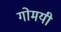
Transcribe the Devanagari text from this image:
गोमयी